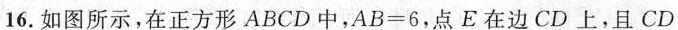
16.如图所示，在正方形ABCD中，AB=6，点E在边CD上，且CD